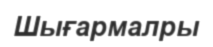
Шығармалры